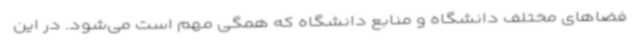
فضاهای مختلف دانشگاه و منابع دانشگاه که همگی مهم است می‌شود. در این